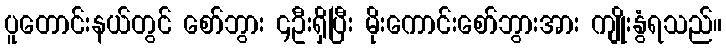
ပူတောင်းနယ်တွင် စော်ဘွား ၄ဦးရှိပြီး မိုးကောင်းစော်ဘွားအား ကျိုးနွံရသည်။